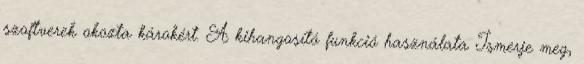
szoftverek okozta károkért. A kihangosító funkció használata Ismerje meg,